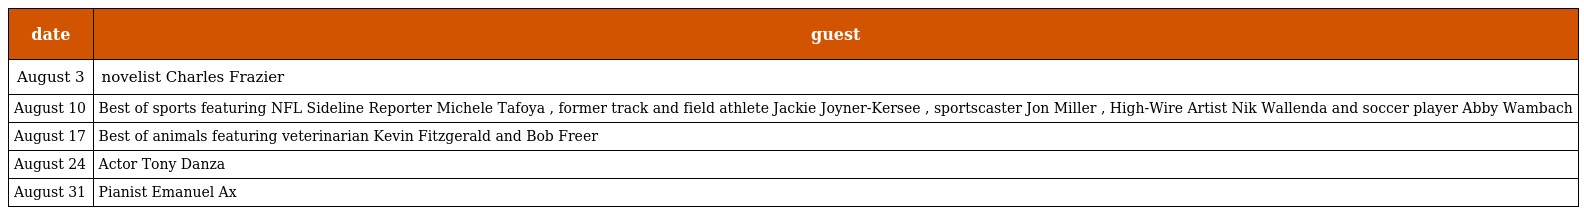
| date | guest |
 | --- | --- |
 | August 3 | novelist Charles Frazier |
 | August 10 | Best of sports featuring NFL Sideline Reporter Michele Tafoya , former track and field athlete Jackie Joyner-Kersee , sportscaster Jon Miller , High-Wire Artist Nik Wallenda and soccer player Abby Wambach |
 | August 17 | Best of animals featuring veterinarian Kevin Fitzgerald and Bob Freer |
 | August 24 | Actor Tony Danza |
 | August 31 | Pianist Emanuel Ax |